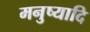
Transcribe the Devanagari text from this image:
मनुष्यादि